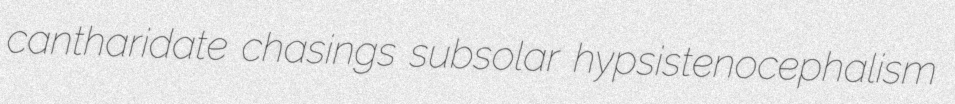
cantharidate chasings subsolar hypsistenocephalism